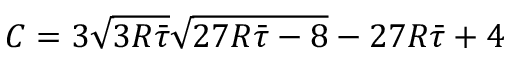
C = 3 \sqrt { 3 R \bar { \tau } } \sqrt { 2 7 R \bar { \tau } - 8 } - 2 7 R \bar { \tau } + 4